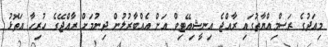
މިއަދުގެ ރަސްމިއްޔާތުގައި ރާއްޖެ އިނީޝިއޭޓިވް އަށް އެއްބާރުލުން ދިނުމަށް ރާއްޖޭގެ ހުރިހާ އަތޮޅު